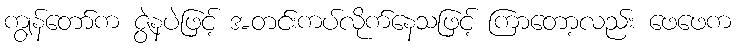
ကျွန်တော်က ဇွဲနပဲဖြင့် အတင်းကပ်လိုက်နေသဖြင့် ကြာတော့လည်း ဖေဖေက